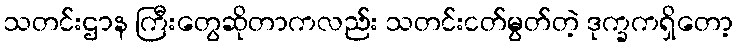
သတင်းဌာန ကြီးတွေဆိုတာကလည်း သတင်းငတ်မွတ်တဲ့ ဒုက္ခကရှိတော့